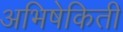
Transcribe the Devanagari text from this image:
अभिषेकिती